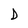
Character: D